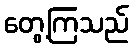
တွေ့ကြသည်